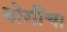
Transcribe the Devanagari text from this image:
बोगींचा